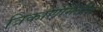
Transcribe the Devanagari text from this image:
त्रिकाणमितीय